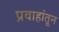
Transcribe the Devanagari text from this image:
प्रवाहांतून